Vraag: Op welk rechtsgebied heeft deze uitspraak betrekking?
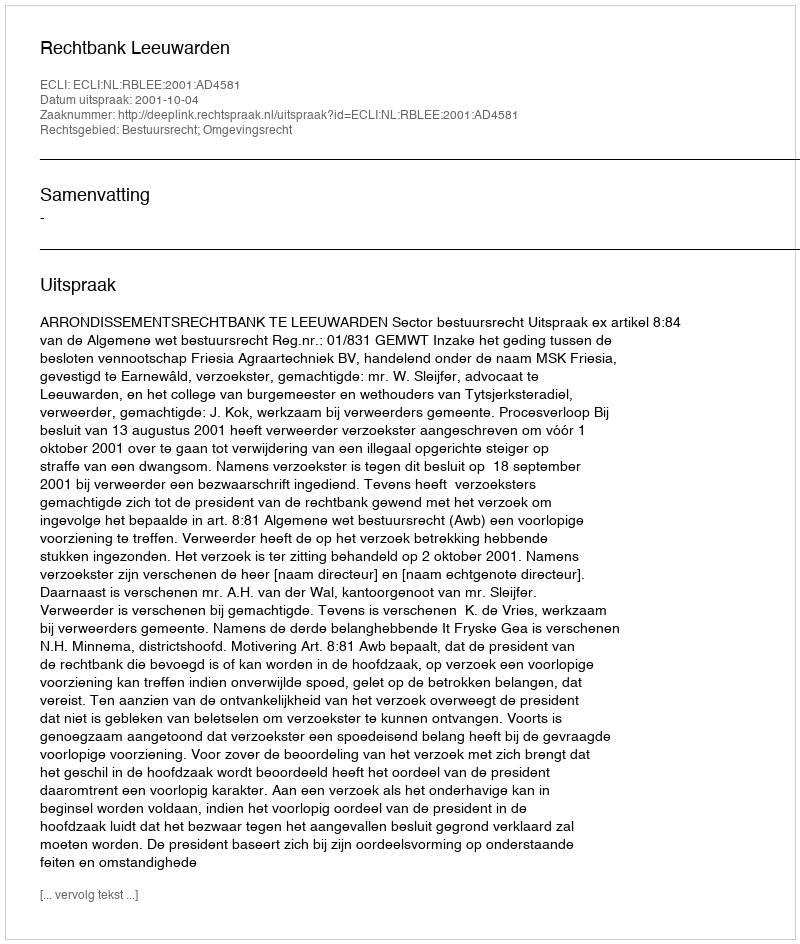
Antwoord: Bestuursrecht; Omgevingsrecht